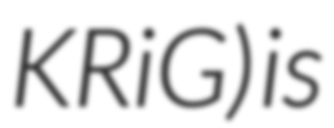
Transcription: KRiG) is